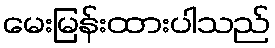
မေးမြန်းထားပါသည်